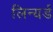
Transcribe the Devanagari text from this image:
लिन्यर्ड